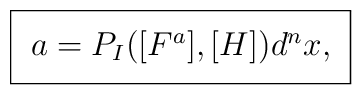
\setlength{\fboxsep}{7pt}\framebox{$a=P_I([F^a],[H])d^n x,$}\setlength{\fboxsep}{3pt}